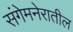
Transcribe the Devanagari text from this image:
संगेमनेरातील